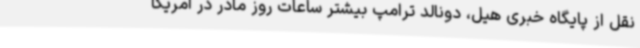
نقل از پایگاه خبری هیل، دونالد ترامپ بیشتر ساعات روز مادر در آمریکا